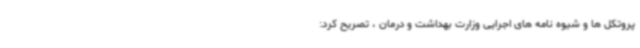
پروتکل ها و شیوه نامه های اجرایی وزارت بهداشت و درمان ، تصریح کرد: